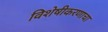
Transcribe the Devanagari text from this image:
विशेषीकरणाचा